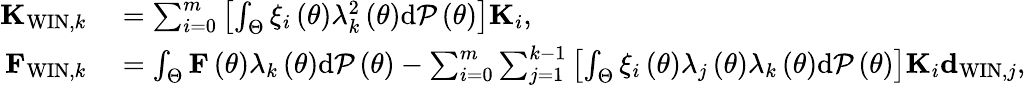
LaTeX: \begin{array}{rl}{{\mathbf K}_{\mathrm{WIN},k}}&{{}=\sum_{i=0}^{m}\left[\int_{\Theta}\xi_{i}\left(\theta\right)\lambda_{k}^{2}\left(\theta\right)\mathrm{d}{\cal P}\left(\theta\right)\right]{\mathbf K}_{i},}\\ {{\mathbf F}_{\mathrm{WIN},k}}&{{}=\int_{\Theta}{\mathbf F}\left(\theta\right)\lambda_{k}\left(\theta\right)\mathrm{d}{\cal P}\left(\theta\right)-\sum_{i=0}^{m}\sum_{j=1}^{k-1}\left[\int_{\Theta}\xi_{i}\left(\theta\right)\lambda_{j}\left(\theta\right)\lambda_{k}\left(\theta\right)\mathrm{d}{\cal P}\left(\theta\right)\right]{\mathbf K}_{i}{\mathbf d}_{\mathrm{WIN},j},}\end{array}